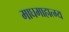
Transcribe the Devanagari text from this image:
माघमाहात्म्य